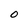
Character: 0